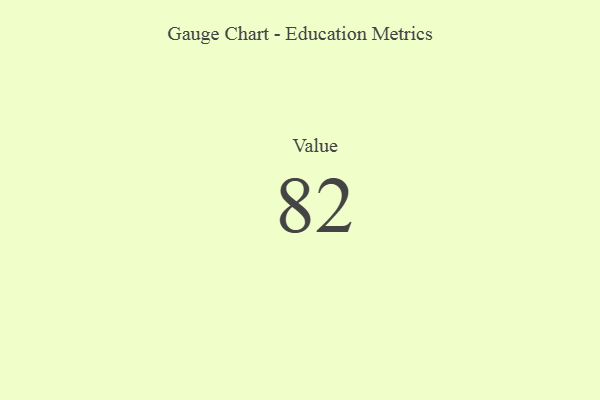
{"axis": {"x": "Metric", "y": "Value"}, "legend": [""], "data": [{"x": "Value", "y": 82, "type": ""}]}